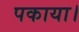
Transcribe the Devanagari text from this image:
पकाया।